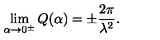
\lim _ { \alpha \rightarrow 0 ^ { \pm } } Q ( \alpha ) = \pm \frac { 2 \pi } { \lambda ^ { 2 } } .